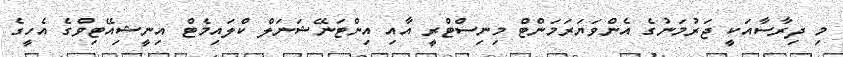
މި ދިރާސާއަކީ ޖަރުމަނުގެ އެންވަޔަރަމަންޓް މިނިސްޓްރީ އާއި އިންޓަނޭޝަނަލް ކްލައިމެޓް އިނީޝިއޭޓިވްގެ އެހީގެ